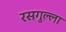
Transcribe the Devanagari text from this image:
रसगुल्‍ला